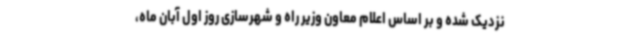
نزدیک شده و بر اساس اعلام معاون وزیر راه و شهرسازی روز اول آبان ماه،